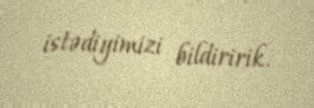
istədiyimizi bildiririk.